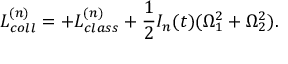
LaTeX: L _ { c o l l } ^ { ( n ) } = + L _ { c l a s s } ^ { ( n ) } + \frac { 1 } { 2 } { \cal I } _ { n } ( t ) ( \Omega _ { 1 } ^ { 2 } + \Omega _ { 2 } ^ { 2 } ) .